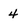
Character: 4